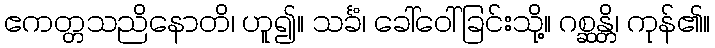
ဧကတ္တသညိနောတိ၊ ဟူ၍။ သင်္ခံ၊ ခေါ်ဝေါ်ခြင်းသို့။ ဂစ္ဆန္တိ၊ ကုန်၏။